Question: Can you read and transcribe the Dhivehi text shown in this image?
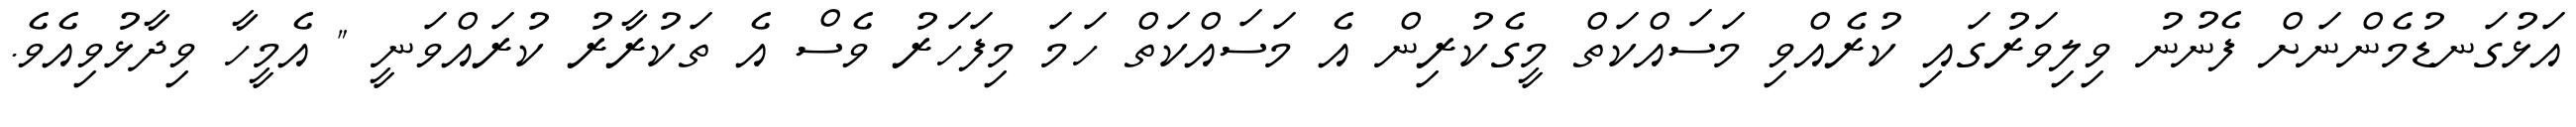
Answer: އަޅުގަނޑުމެންނަށް ފެނުނު ވިލިވަރުގައި ކުރެއްވި މަސައްކަތް މީގެކުރިން އެ މަސައްކަތް ހަމަ މިފަހަރު ވެސް އެ ތަކުރާރު ކުރައްވަނީ " އެމީހާ ވިދާޅުވިއެވެ.